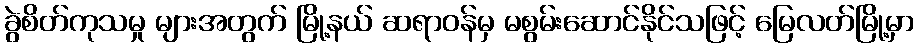
ခွဲစိတ်ကုသမှု များအတွက် မြို့နယ် ဆရာဝန်မှ မစွမ်းဆောင်နိုင်သဖြင့် မြေလတ်မြို့မှာ